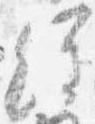
経